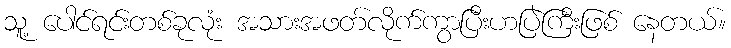
သူ့ ပေါင်ရင်းတစ်ခုလုံး အသားအဖတ်လိုက်ကွာပြီးဟပြဲကြီးဖြစ် နေတယ်။